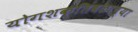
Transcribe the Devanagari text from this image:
योगशक्तिबळाच्या